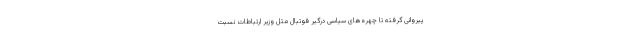
پیروانی گرفته تا چهره‌های سیاسی درگیر فوتبال مثل وزیر ارتباطات نسبت